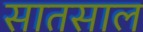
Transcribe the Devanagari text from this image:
सातसाल